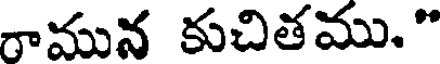
రామున కుచితము."